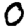
Digit: 0